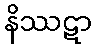
နိဿဋာ